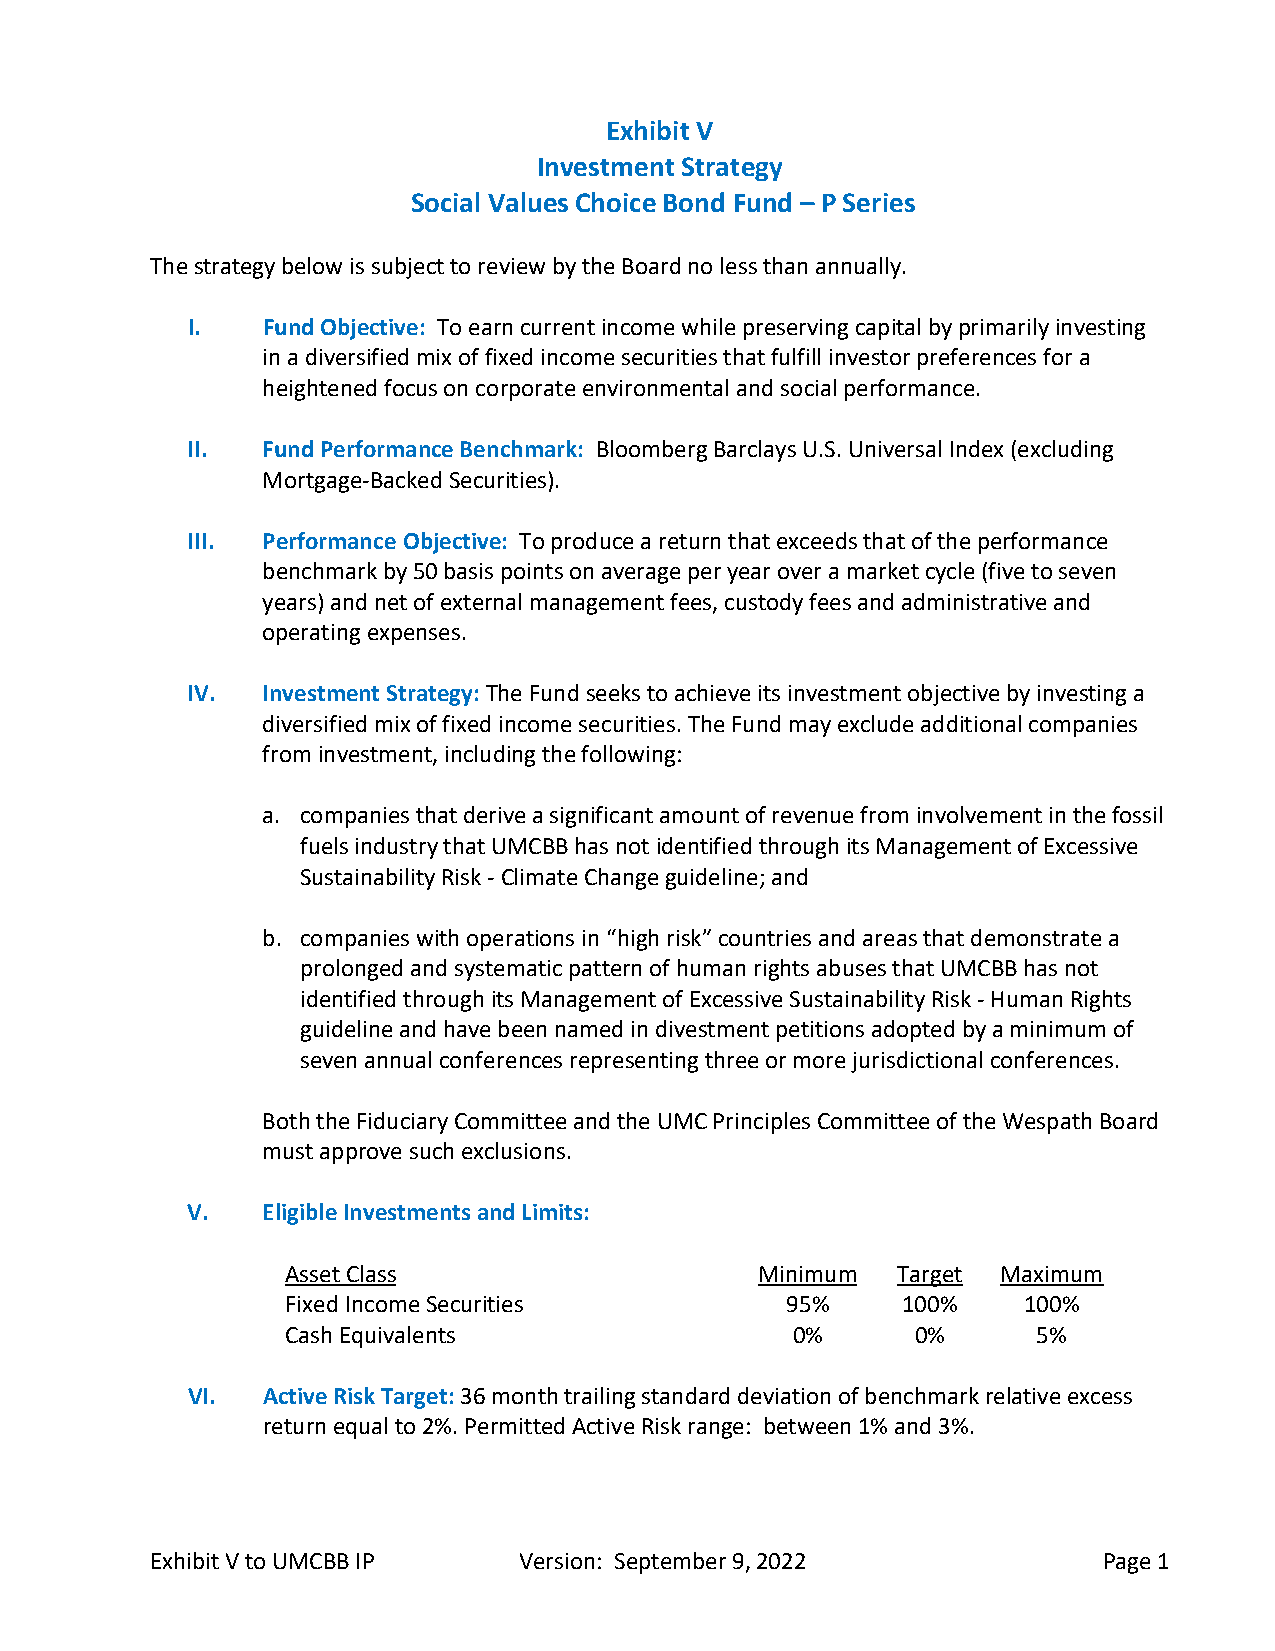
Exhibit V
 Investment Strategy
 Social Values Choice Bond Fund – P Series
 The strategy below is subject to review by the Board no less than annually.
 I.   Fund Objective: To earn current income while preserving capital by primarily investing
 in a diversified mix of fixed income securities that fulfill investor preferences for a
 heightened focus on corporate environmental and social performance.
 II.  Fund Performance Benchmark: Bloomberg Barclays U.S. Universal Index (excluding
 Mortgage-Backed Securities).
 III. Performance Objective: To produce a return that exceeds that of the performance
 benchmark by 50 basis points on average per year over a market cycle (five to seven
 years) and net of external management fees, custody fees and administrative and
 operating expenses.
 IV.  Investment Strategy: The Fund seeks to achieve its investment objective by investing a
 diversified mix of fixed income securities. The Fund may exclude additional companies
 from investment, including the following:
 a. companies that derive a significant amount of revenue from involvement in the fossil
 fuels industry that UMCBB has not identified through its Management of Excessive
 Sustainability Risk - Climate Change guideline; and
 b. companies with operations in “high risk” countries and areas that demonstrate a
 prolonged and systematic pattern of human rights abuses that UMCBB has not
 identified through its Management of Excessive Sustainability Risk - Human Rights
 guideline and have been named in divestment petitions adopted by a minimum of
 seven annual conferences representing three or more jurisdictional conferences.
 Both the Fiduciary Committee and the UMC Principles Committee of the Wespath Board
 must approve such exclusions.
 V.   Eligible Investments and Limits:
 Asset Class                    Minimum  Target Maximum
 Fixed Income Securities          95%     100%    100%
 Cash Equivalents                 0%       0%      5%
 VI.  Active Risk Target: 36 month trailing standard deviation of benchmark relative excess
 return equal to 2%. Permitted Active Risk range: between 1% and 3%.
 Exhibit V to UMCBB IP   Version: September 9, 2022             Page 1